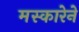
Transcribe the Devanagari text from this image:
मस्कारेने